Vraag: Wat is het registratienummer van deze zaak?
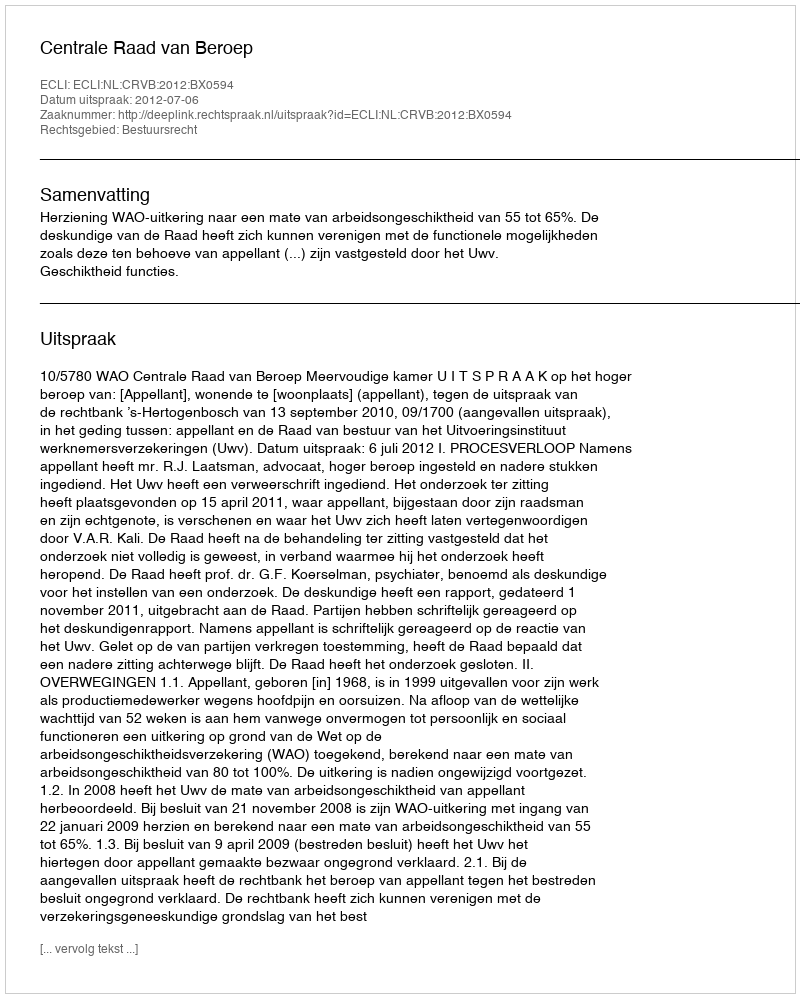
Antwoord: http://deeplink.rechtspraak.nl/uitspraak?id=ECLI:NL:CRVB:2012:BX0594